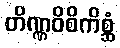
တိဏ္ဏဝိစိကိစ္ဆံ